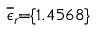
\! \! \! \overline { { \epsilon } } _ { r } \! \! = \! \! \{ 1 . 4 5 6 8 \} \!